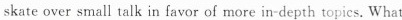
skate over small talk in favor of more in-depth topics. What